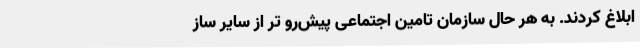
ابلاغ کردند. به هر حال سازمان تامین اجتماعی پیش‌رو تر از سایر ساز